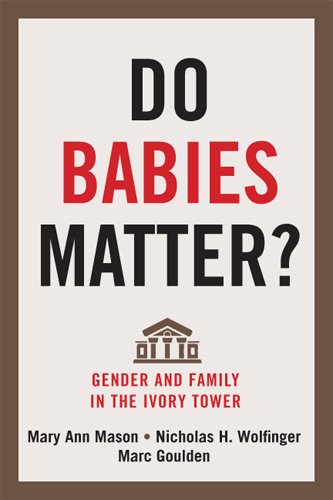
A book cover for Do Babies Matter?: Gender and Family in the Ivory Tower (Families in Focus); Mary Ann Mason; Gay & Lesbian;